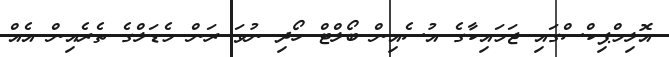
އޮލިމްޕިކްސްގައި ޖަމައިކާގެ އުސެއިން ބޯލްޓް ހޯދި ނުވަ ރަން މެޑަލްގެ ތެރެއިން އެއް